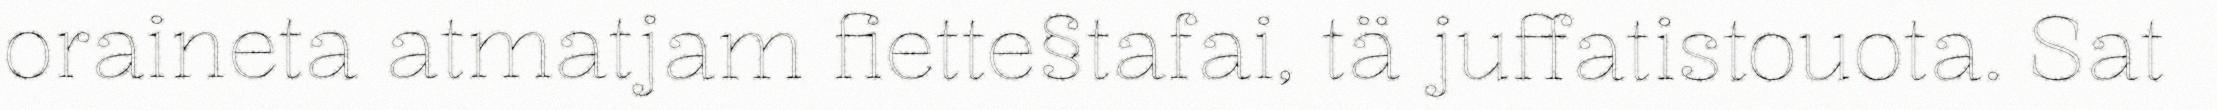
oraineta atmatjam fiette§tafai, tä juffatistouota. Sat